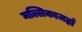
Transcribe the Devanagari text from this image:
मल्लिकाजहाँ